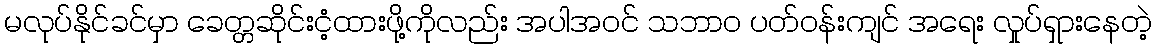
မလုပ်နိုင်ခင်မှာ ခေတ္တဆိုင်းငံ့ထားဖို့ကိုလည်း အပါအ၀င် သဘာ၀ ပတ်၀န်းကျင် အရေး လှုပ်ရှားနေတဲ့